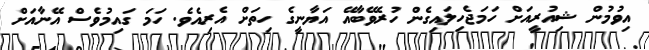
އިވުމުން ޝިއުރީއަށް ހަމަޖެހިލައިގެން ހުރެވޭބާއޭ އަޔާނީގެ ހިތަށް އެރިއެވެ. ހަމަ ގައިމުވެސް އޭނާއަށް